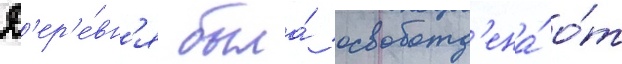
Д'ер'е́вн'я была́ освобожд'ена́ о́т